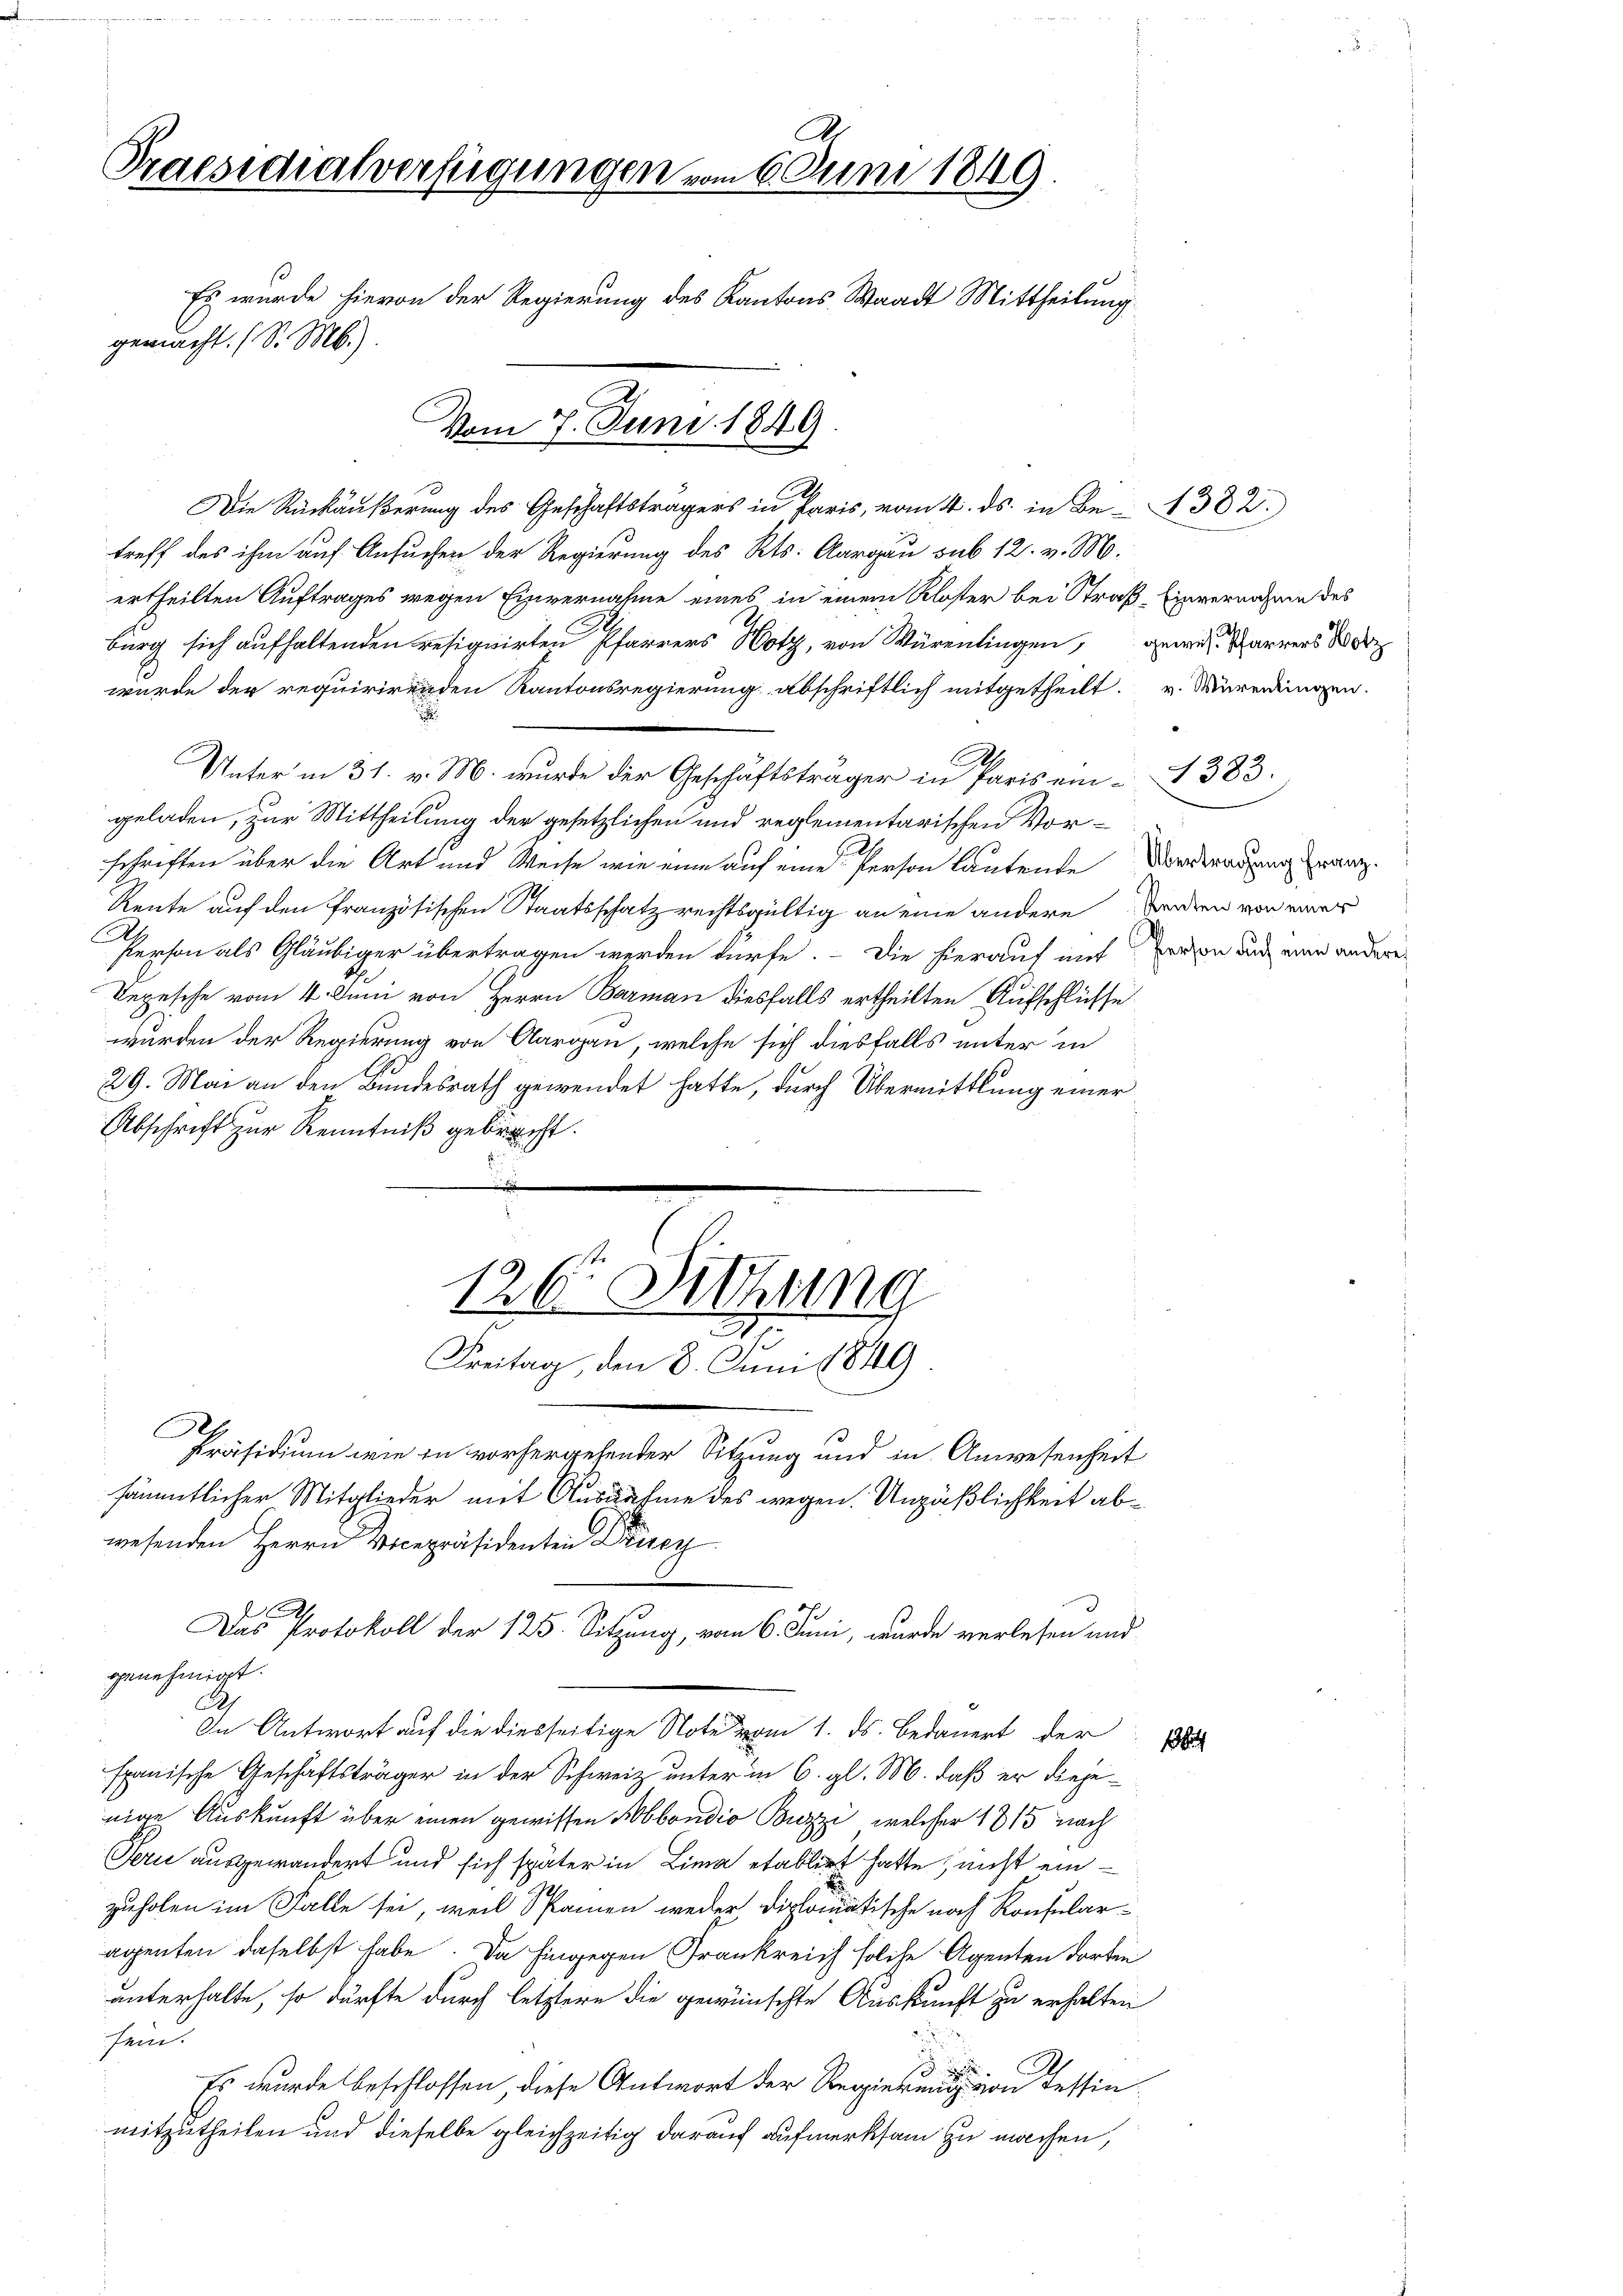
A
Praesidialverfügungen vom 6 Juni 1849
Es wurde hievon der Regierung des Kantons Waadt Mittheilung
gemacht. (S. M.).
Vom 7. Juni 1849

treff des ihm auf Ansuchen der Regierung des Kts. Aargau sub 12. v. M.
ertheilten Auftrages wegen Einvernahme eines in einem Kloster bei Straß, Einvernahme des
burg sich aufhaltenden resignirten Pfarrers Hotz, von Würenlingen, gewesen arrers d
wurde der requirirenden Kantonsregierung abschriftlich mitgetheilt. v. Mürerdingen.
i
Unterm 31. v. M. wurde der Geschäftsträger in Paris ein 1383.
geladen, zur Mittheilung der gesetzlichen und reglementarischen Vorschriften über die Art und Weise wie eine auf eine Person lautende Vorderatung franz.
Reute auf den französischen Staatsschatz rechtsgültig an eine andere Verdien von einer
.
Person als Gläubiger übertragen werden dürfe. Die hierauf mit von auf eine andere
Repesche vom 4. Juni von Herrn Barman diesfalls ertheilten Aufschlüsse
wurden der Regierung von Aargau, welche sich diesfalls unter in
29. Mai an den Bundesrath gewendet hatte, durch Übermittlung einer
Abschrift zur Kenntniß gebracht.
e

A

A
Die Rückäußerung des Geschaftsträgers in Paris, vom 4. ds. in Be-382.

126. Sitzung
.

Freitag, den 8. Juni 1849
Präsidium wie in vorhergehender Sitzung und in Anwesenheit
sämmtlicher Mitglieder mit Ausnahme des wegen. Unpäßlichkeit ab¬
Das Protokoll der 125. Sitzung, vom 6. Juni, wurde verlesen und

In Antwort auf die diesseitige Note vom 1. ds. bedauert der

.
wesenden Herrn Vicepräsidenten Druc
h
genehmigt.
spanische Geschäftsträger in der Schweiz unter in 6. gl. M. daß er diejenige Auskunft über einen gewissen Abbondio Buzzi, welcher 1815 nach
Gern ausgewandert und sich später in Lina etablirt hatte, nicht einzuholen im Falle sei, weil Samen weder, Diplomatische noch Konsularagenten daselbst habe. Da hingegen Frankreich solche Agenten dortin
unterhalte, so dürfte durch letztere die gewünschte Auskunft zu erhalten
feine
.
Es wurde beschlossen, diese Antwort der Regierung dessin
mitzutheilen und dieselbe gleichzeitig darauf aufmerksam zu machen,

1